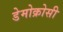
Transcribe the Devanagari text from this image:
डेमोक्रोसी